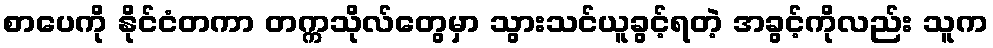
စာပေကို နိုင်ငံတကာ တက္ကသိုလ်တွေမှာ သွားသင်ယူခွင့်ရတဲ့ အခွင့်ကိုလည်း သူက